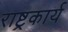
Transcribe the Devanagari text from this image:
राष्ट्रकार्य